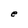
Character: e